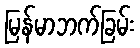
မြန်မာဘက်ခြမ်း